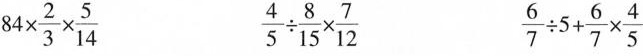
$$8 4 \times \frac { 2 } { 3 } \times \frac { 5 } { 1 4 }$$ $$\frac { 4 } { 5 } \div \frac { 8 } { 1 5 } \times \frac { 7 } { 1 2 }$$ $$\frac { 6 } { 7 } \div 5 + \frac { 6 } { 7 } \times \frac { 4 } { 5 }$$